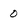
Character: 0